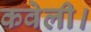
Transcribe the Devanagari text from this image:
कवेली।